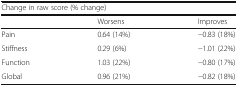
| <COLSPAN=3> Change in raw score (% change) |
 |  | Worsens | Improves |
 | --- | --- | --- |
 | Pain | 0.64 (14%) | −0.83 (18%) |
 | Stiffness | 0.29 (6%) | −1.01 (22%) |
 | Function | 1.03 (22%) | −0.80 (17%) |
 | Global | 0.96 (21%) | −0.82 (18%) |